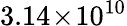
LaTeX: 3.14\! \times\! 10^{10}